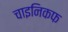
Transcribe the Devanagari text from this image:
चाइनिकफ